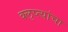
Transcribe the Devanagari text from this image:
क्‍ऌप्त्यांचा